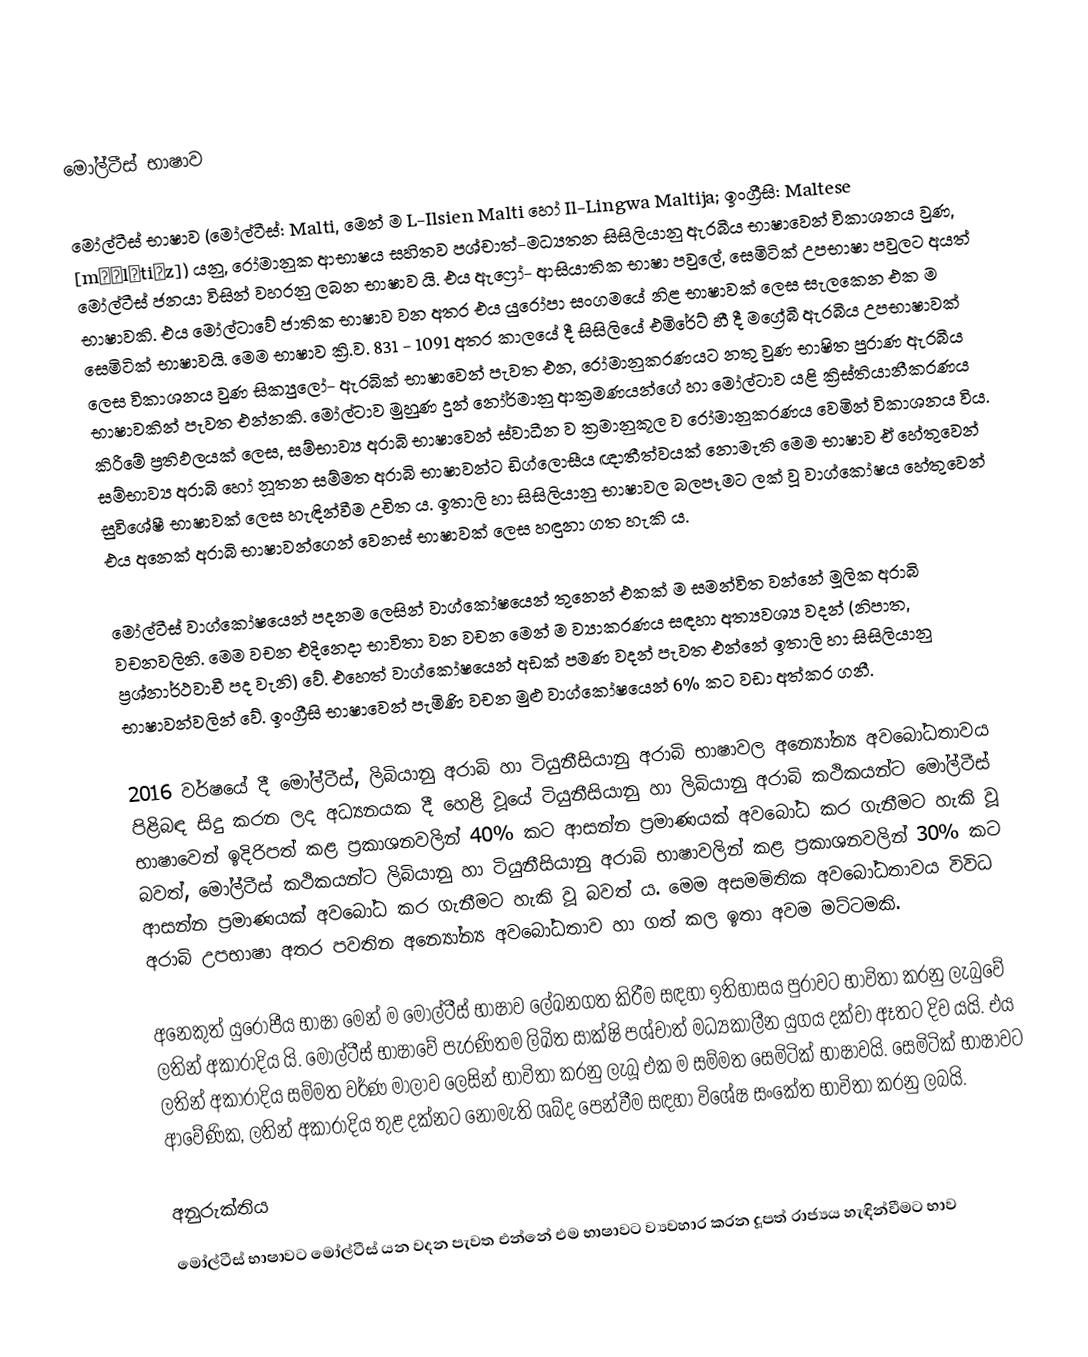

මෝල්ටීස් භාෂාව

මෝල්ටීස් භාෂාව (මෝල්ටීස්: Malti, මෙන් ම  L-Ilsien Malti හෝ Il-Lingwa Maltija; ඉංග්‍රීසි: Maltese [mɔːlˈtiːz]) යනු, රෝමානුක ආභාෂය සහිතව පශ්චාත්-මධ්‍යතන සිසිලියානු ඇරබීය භාෂාවෙන්  විකාශනය වුණ, මෝල්ටීස් ජනයා විසින් වහරනු ලබන භාෂාව යි. එය ඇෆ්‍රෝ- ආසියාතික භාෂා පවුලේ, සෙමිටික් උපභාෂා පවුලට අයත් භාෂාවකි. එය මෝල්ටාවේ ජාතික භාෂාව වන අතර  එය යුරෝපා සංගමයේ නිළ භාෂාවක් ලෙස සැලකෙන එක ම සෙමිටික් භාෂාවයි. මෙම භාෂාව ක්‍රි.ව. 831 - 1091 අතර කාලයේ දී සිසිලියේ එමිරේට් හී දී මග්‍රේබී ඇරබීය උපභාෂාවක් ලෙස විකාශනය වුණ සික්‍යුලෝ- ඇරබික් භාෂාවෙන් පැවත එන, රෝමානුකරණයට නතු වුණ භාෂිත ‍පුරාණ ඇරබීය භාෂාවකින් පැවත එන්නකි. මෝල්ටාව මුහුණ දුන් නෝර්මානු ආක්‍රමණයන්ගේ හා මෝල්ටාව යළි ක්‍රිස්තියානීකරණය කිරීමේ ප්‍රතිඵලයක් ලෙස, සම්භාව්‍ය අරාබි භාෂාවෙන් ස්වාධීන ව ක්‍රමානුකූල ව රෝමානුකරණය වෙමින් විකාශනය විය.  සම්භාව්‍ය අරාබි හෝ නූතන සම්මත අරාබි භාෂාවන්ට ඩිග්ලොසීය ඥාතීත්වයක් නොමැති මෙම භාෂාව ඒ හේතුවෙන් සුවිශේෂී භාෂාවක් ලෙස හැඳින්වීම උචිත ය. ඉතාලි හා සිසිලියානු භාෂාවල බලපෑමට ලක් වූ වාග්කෝෂය හේතුවෙන් එය අනෙක් අරාබි භාෂාවන්ගෙන් වෙනස් භාෂාවක් ලෙස හඳුනා ගත හැකි ය.

මෝල්ටීස් වාග්කෝෂයෙන් පදනම ලෙසින් වාග්කෝෂයෙන් තුනෙන් එකක් ම සමන්විත වන්නේ මූලික අරාබි වචනවලිනි. මෙම වචන එදිනෙදා භාවිතා වන වචන මෙන් ම ව්‍යාකරණය සඳහා අත්‍යවශ්‍ය වදන් (නිපාත, ප්‍රශ්නාර්ථවාචී පද වැනි) වේ. එහෙත් වාග්කෝෂයෙන් අඩක් පමණ වදන් පැවත එන්නේ ඉතාලි හා සිසිලියානු භාෂාවන්වලින් වේ. ඉංග්‍රීසි භාෂාවෙන් පැමිණි වචන මුළු වාග්කෝෂයෙන් 6% කට වඩා අත්කර ගනී.

2016 වර්ෂයේ දී මෝල්ටීස්, ලිබියානු අරාබි හා ටියුනීසියානු අරාබි භාෂාවල අන්‍යෝන්‍ය අවබෝධතාවය පිළිබඳ සිදු කරන ලද අධ්‍යනයක දී හෙළි වූයේ ටියුනීසියානු හා ලිබියානු අරාබි කථිකයන්ට මෝල්ටීස් භාෂාවෙන් ඉදිරිපත් කළ ප්‍රකාශනවලින් 40% කට ආසන්න ප්‍රමාණයක් අවබෝධ කර ගැනීමට හැකි වූ බවත්, මෝල්ටීස් කථිකයන්ට ලිබියානු හා ටියුනීසියානු අරාබි භාෂාවලින් කළ ප්‍රකාශනවලින් 30% කට ආසන්න ප්‍රමාණයක් අවබෝධ කර ගැනීමට හැකි වූ බවත් ය. මෙම අසමමිතික අවබෝධතාවය විවිධ අරාබි උපභාෂා අතර පවතින අන්‍යෝන්‍ය අවබෝධතාව හා ගත් කල ඉතා අවම මට්ටමකි.

අනෙකුත් යුරෝපීය භාෂා මෙන් ම මෝල්ටීස් භාෂාව ලේඛනගත කිරීම සඳහා ඉතිහාසය පුරාවට භාවිතා කරනු ලැබුවේ ලතින් අකාරාදිය යි. මෝල්ටීස් භාෂාවේ පැරණිතම ලිඛිත සාක්ෂි පශ්චාත් මධ්‍යකාලීන යුගය දක්වා ඈතට දිව යයි. එය ලතින් අකාරාදිය සම්මත වර්ණ මාලාව ලෙසින් භාවිතා කරනු ලැබූ එක ම සම්මත සෙමිටික් භාෂාවයි. සෙමිටික් භාෂාවට ආවේණික, ලතින් අකාරාදිය තුළ දක්නට නොමැති ශබ්ද පෙන්වීම සඳහා විශේෂ සංකේත භාවිතා කරනු ලබයි.

අනුරුක්තිය
මෝල්ටීස් භාෂාවට මෝල්ටීස් යන වදන පැවත එන්නේ එම භාෂාවට ව්‍යවහාර කරන දූපත් රාජ්‍යය හැඳින්වීමට භාව